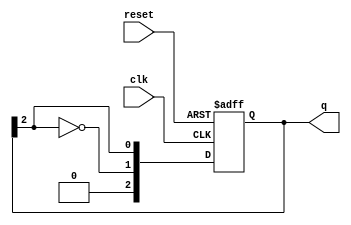
module johnson_counter #(
    parameter N = 3  // Number of flip-flops (can be changed as needed)
)(
    input wire clk,          // Clock input
    input wire reset,        // Asynchronous reset input
    output reg [N-1:0] q     // Output state of the counter
);

    // Always block triggered on the rising edge of the clock or on reset
    always @(posedge clk or posedge reset) begin
        if (reset) begin
            q <= 0;  // Initialize all flip-flops to zero on reset
        end else begin
            // Johnson counter logic: Shift and invert the last flip-flop's output
            q <= {~q[N-1], q[N-1:N-1]}; // Shift and feedback inverted last bit
        end
    end

endmodule